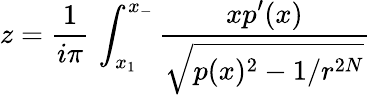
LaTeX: z={\frac{1}{i\pi}}\, \int_{x_{1}}^{x_{-}}{\frac{\displaystyle xp^{\prime}(x)}{\displaystyle\sqrt{p(x)^{2}-1/r^{2N}}}}